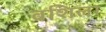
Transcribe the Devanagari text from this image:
वशिला